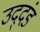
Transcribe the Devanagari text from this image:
उद्‌दंड